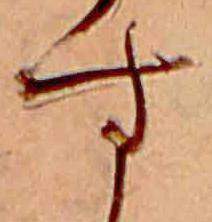
す